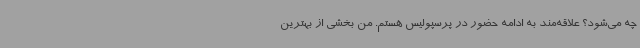
چه می‌شود؟ علاقه‌مند به ادامه حضور در پرسپولیس هستم. من بخشی از بهترین